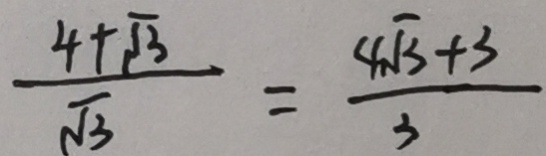
\frac { 4 + \sqrt { 3 } } { \sqrt { 3 } } = \frac { 4 \sqrt { 3 } + 3 } { 3 }